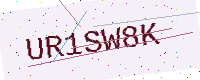
Text: UR1SW8K